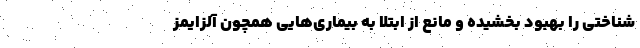
شناختی را بهبود بخشیده و مانع از ابتلا به بیماری‌هایی همچون آلزایمز